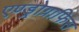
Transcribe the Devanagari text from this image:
एण्ड्रोग्राफिस